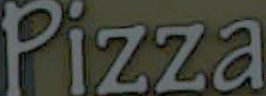
Pizza